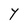
Character: Y